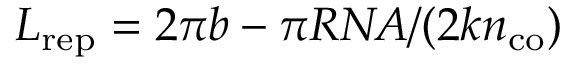
L _ { \mathrm { r e p } } = 2 \pi b - \pi R N \! A / ( 2 k n _ { \mathrm { c o } } )